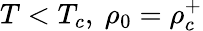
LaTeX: T<T_{c},\ \rho_{0}=\rho_{c}^{+}